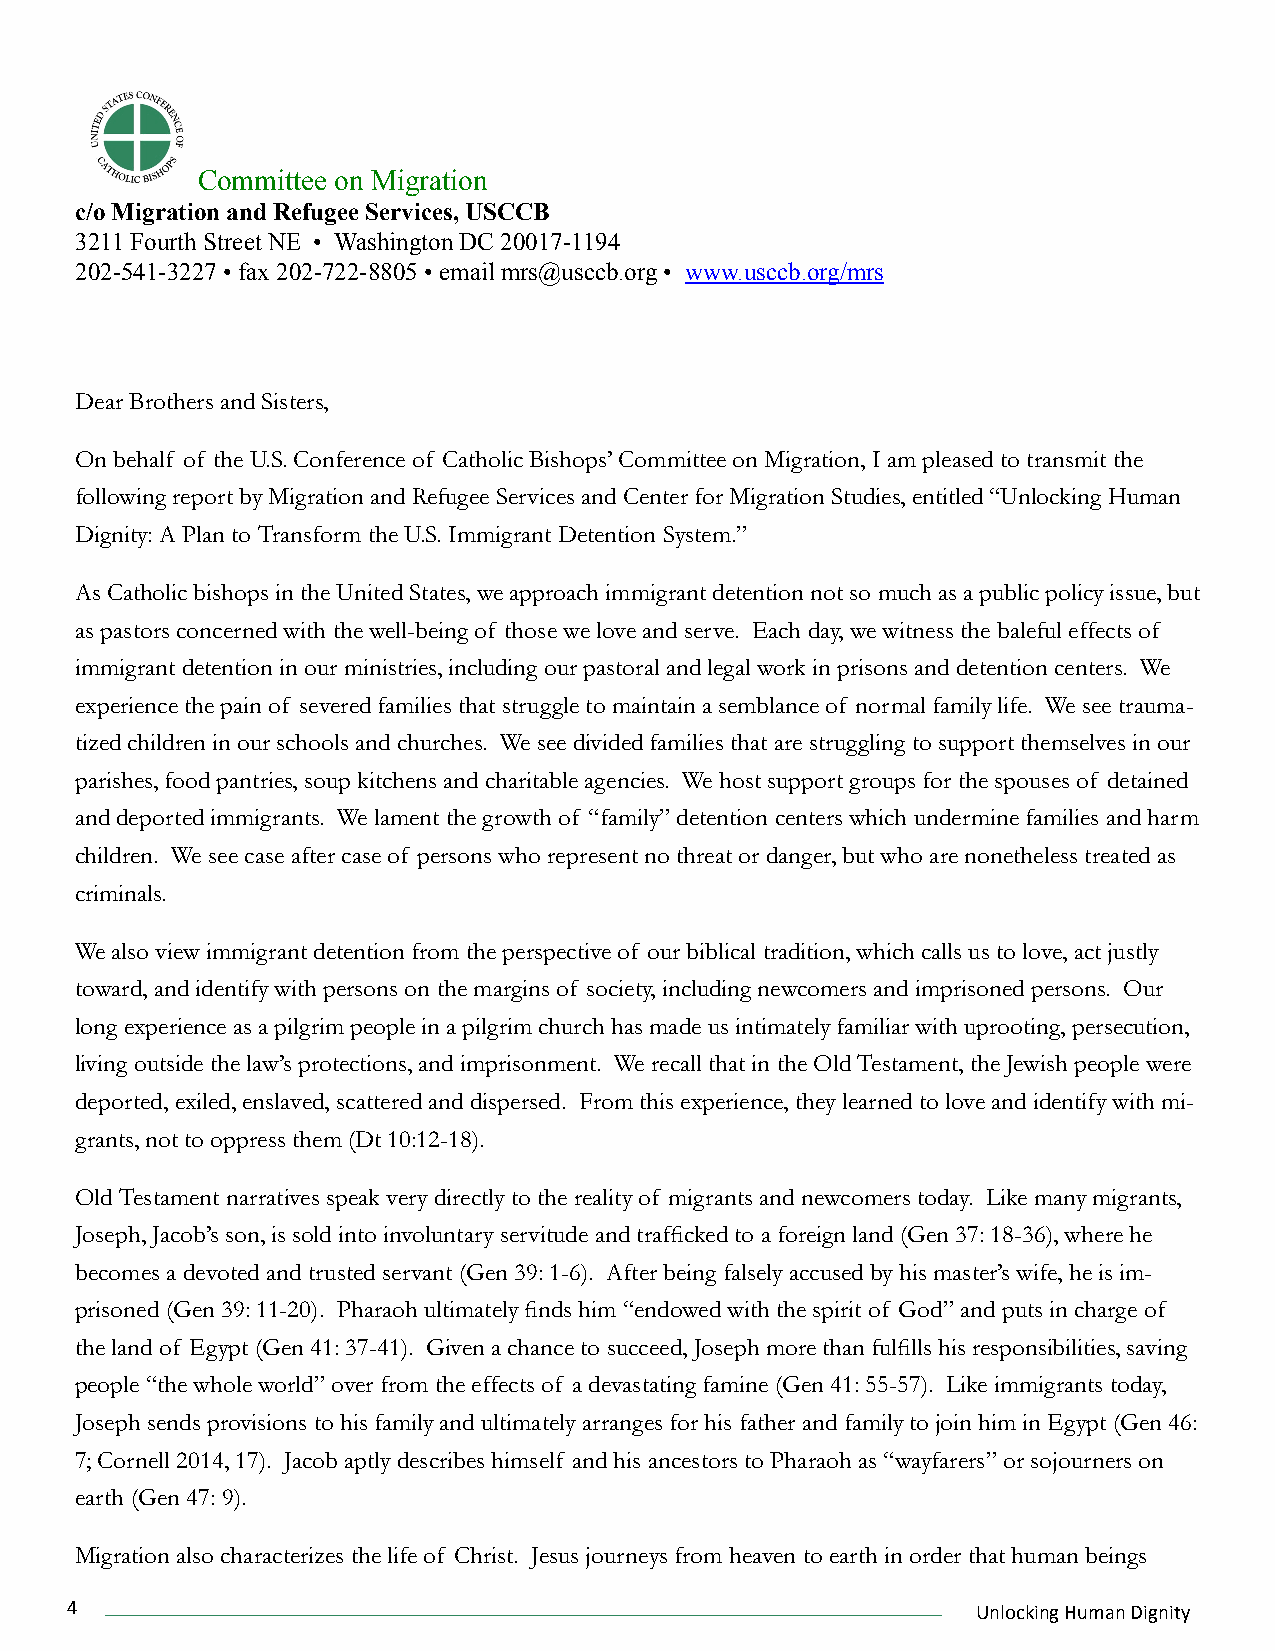
Committee on Migration
 c/o Migration and Refugee Services, USCCB
 3211 Fourth Street NE • Washington DC 20017-1194
 202-541-3227 • fax 202-722-8805 • email mrs@usccb.org • www.usccb.org/mrs
 Dear Brothers and Sisters,
 On behalf of the U.S. Conference of Catholic Bishops’ Committee on Migration, I am pleased to transmit the
 following report by Migration and Refugee Services and Center for Migration Studies, entitled “Unlocking Human
 Dignity: A Plan to Transform the U.S. Immigrant Detention System.”
 As Catholic bishops in the United States, we approach immigrant detention not so much as a public policy issue, but
 as pastors concerned with the well-being of those we love and serve. Each day, we witness the baleful effects of
 immigrant detention in our ministries, including our pastoral and legal work in prisons and detention centers. We
 experience the pain of severed families that struggle to maintain a semblance of normal family life. We see trauma-
 tized children in our schools and churches. We see divided families that are struggling to support themselves in our
 parishes, food pantries, soup kitchens and charitable agencies. We host support groups for the spouses of detained
 and deported immigrants. We lament the growth of “family” detention centers which undermine families and harm
 children. We see case after case of persons who represent no threat or danger, but who are nonetheless treated as
 criminals.
 We also view immigrant detention from the perspective of our biblical tradition, which calls us to love, act justly
 toward, and identify with persons on the margins of society, including newcomers and imprisoned persons. Our
 long experience as a pilgrim people in a pilgrim church has made us intimately familiar with uprooting, persecution,
 living outside the law’s protections, and imprisonment. We recall that in the Old Testament, the Jewish people were
 deported, exiled, enslaved, scattered and dispersed. From this experience, they learned to love and identify with mi-
 grants, not to oppress them (Dt 10:12-18).
 Old Testament narratives speak very directly to the reality of migrants and newcomers today. Like many migrants,
 Joseph, Jacob’s son, is sold into involuntary servitude and trafficked to a foreign land (Gen 37: 18-36), where he
 becomes a devoted and trusted servant (Gen 39: 1-6). After being falsely accused by his master’s wife, he is im-
 prisoned (Gen 39: 11-20). Pharaoh ultimately finds him “endowed with the spirit of God” and puts in charge of
 the land of Egypt (Gen 41: 37-41). Given a chance to succeed, Joseph more than fulfills his responsibilities, saving
 people “the whole world” over from the effects of a devastating famine (Gen 41: 55-57). Like immigrants today,
 Joseph sends provisions to his family and ultimately arranges for his father and family to join him in Egypt (Gen 46:
 7; Cornell 2014, 17). Jacob aptly describes himself and his ancestors to Pharaoh as “wayfarers” or sojourners on
 earth (Gen 47: 9).
 Migration also characterizes the life of Christ. Jesus journeys from heaven to earth in order that human beings
 4                                                            Unlocking Human Dignity